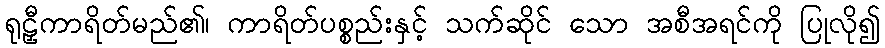
ရုဠှီကာရိတ်မည်၏၊ ကာရိတ်ပစ္စည်းနှင့် သက်ဆိုင် သော အစီအရင်ကို ပြုလို၍